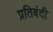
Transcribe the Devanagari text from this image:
प्रतिबंदी